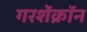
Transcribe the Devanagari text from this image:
गरशेंक्रॉन